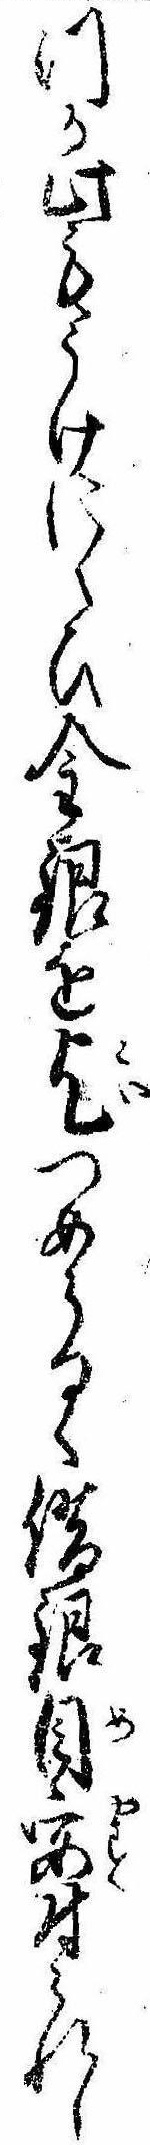
つか此もうけにくひ金銀を乞つめらるゝ借銀目安付られし